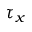
\tau _ { x }